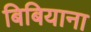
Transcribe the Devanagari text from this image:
बिबियाना